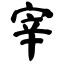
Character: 宰